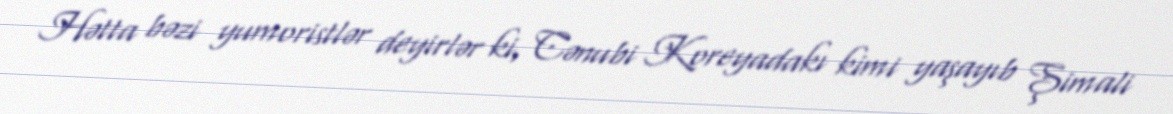
Hətta bəzi yumoristlər deyirlər ki, Cənubi Koreyadakı kimi yaşayıb Şimali